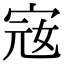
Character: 宼